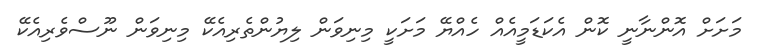
މަށަށް އޮންނާނީ ކޮން އެކަޑަމީއެއް ހެއްޔޭ މަށަކީ މިނިވަން ލިޔުންތެރިއެކޭ މިނިވަން ނޫސްވެރިއެކޭ